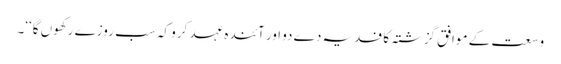
وسعت کے موافق گزشتہ کا فدیہ دے دو اور آئندہ عہد کرو کہ سب روزے رکھوں گا‘‘۔